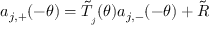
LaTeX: a _ { j , + } ( - \theta ) = \tilde { T } _ { _ { j } } ( \theta ) a _ { j , - } ( - \theta ) + \tilde { R }